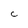
Character: C